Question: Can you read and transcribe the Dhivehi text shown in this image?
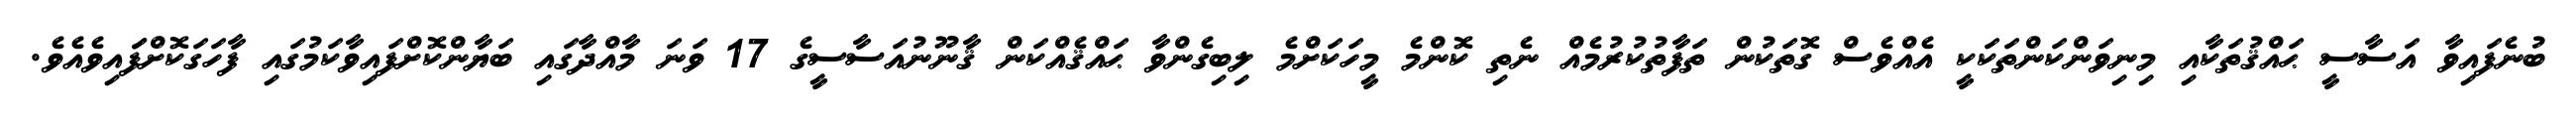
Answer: ބުނެފައިވާ އަސާސީ ޙައްޤުތަކާއި މިނިވަންކަންތަކަކީ އެއްވެސް ގޮތަކުން ތަފާތުކުރުމެއް ނެތި ކޮންމެ މީހަކަށްމެ ލިބިގެންވާ ޙައްޤެއްކަން ޤާނޫނުއަސާސީގެ 17 ވަނަ މާއްދާގައި ބަޔާންކޮށްފައިވާކަމުގައި ފާހަގަކޮށްފަައިވެއެވެ.